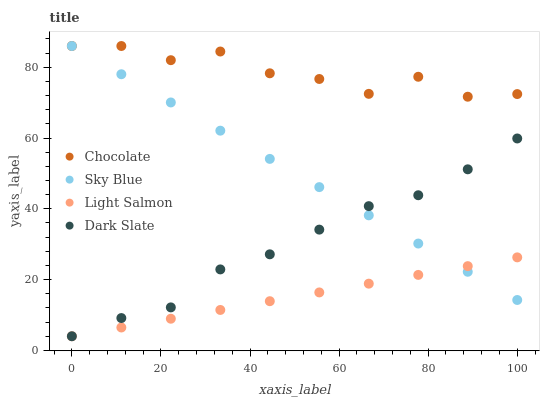
| xaxis_label | Chocolate | Sky Blue | Light Salmon | Dark Slate |
 | --- | --- | --- | --- | --- |
 | 0 | 86 | 86 | 4 | 4 |
 | 11.1 | 86 | 78 | 6.48 | 9.14 |
 | 22.2 | 82 | 70.1 | 8.95 | 12.2 |
 | 33.3 | 84.4 | 62.1 | 11.4 | 22.9 |
 | 44.4 | 78.3 | 54.1 | 13.9 | 27.2 |
 | 55.6 | 76.7 | 46.1 | 16.4 | 34.1 |
 | 66.7 | 72.5 | 38.2 | 18.9 | 40.8 |
 | 77.8 | 77.3 | 30.2 | 21.3 | 43.8 |
 | 88.9 | 71.7 | 22.2 | 23.8 | 51.2 |
 | 100 | 72.4 | 14.2 | 26.3 | 59.9 |